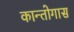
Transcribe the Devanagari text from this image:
कान्तोगास